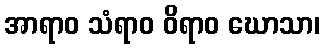
အာရာဝ သံရာဝ ဝိရာဝ ဃောသာ၊